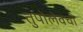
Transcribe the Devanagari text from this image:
तुपोलेवची